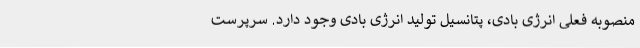
منصوبه فعلی انرژی بادی، پتانسیل تولید انرژی بادی وجود دارد. سرپرست